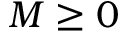
M \geq 0